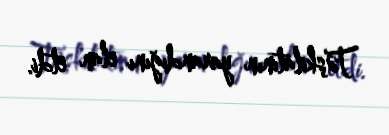
Təşkilatının yarandığını elan etdi.